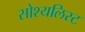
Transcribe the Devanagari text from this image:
सोश्यलिस्ट